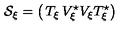
{ \cal S } _ { \xi } = \left( \begin{matrix} { T _ { \xi } } & { V _ { \xi } ^ { \star } } \\ { V _ { \xi } } & { T _ { \xi } ^ { \star } } \\ \end{matrix} \right)